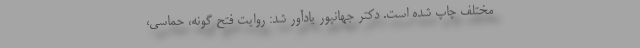
مختلف چاپ شده است. دکتر جهانپور یادآور شد: روایت فتح گونه، حماسی،